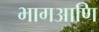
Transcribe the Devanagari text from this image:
भागआणि